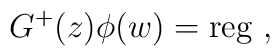
G^+(z) \phi(w) ={\rm reg} ~,